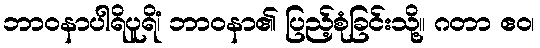
ဘာဝနာပါရိပူရိံ၊ ဘာဝနာ၏ ပြည့်စုံခြင်းသို့။ ဂတာ ဧဝ၊